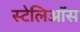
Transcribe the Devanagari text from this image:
स्टेलिऑस